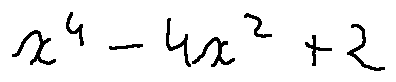
x ^ { 4 } - 4 x ^ { 2 } + 2